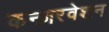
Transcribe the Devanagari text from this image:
कन्ज़रवेशन